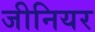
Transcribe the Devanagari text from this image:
जीनियर